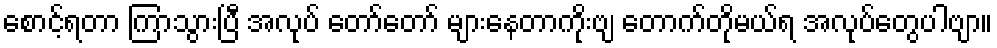
စောင့်ရတာ ကြာသွားပြီ အလုပ် တော်တော် များနေတာကိုးဗျ တောက်တိုမယ်ရ အလုပ်တွေပါဗျာ။